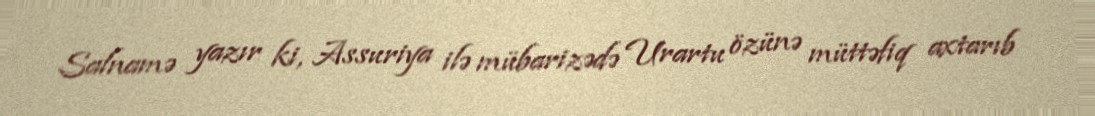
Salnamə yazır ki, Assuriya ilə mübarizədə Urartu özünə müttəfiq axtarıb